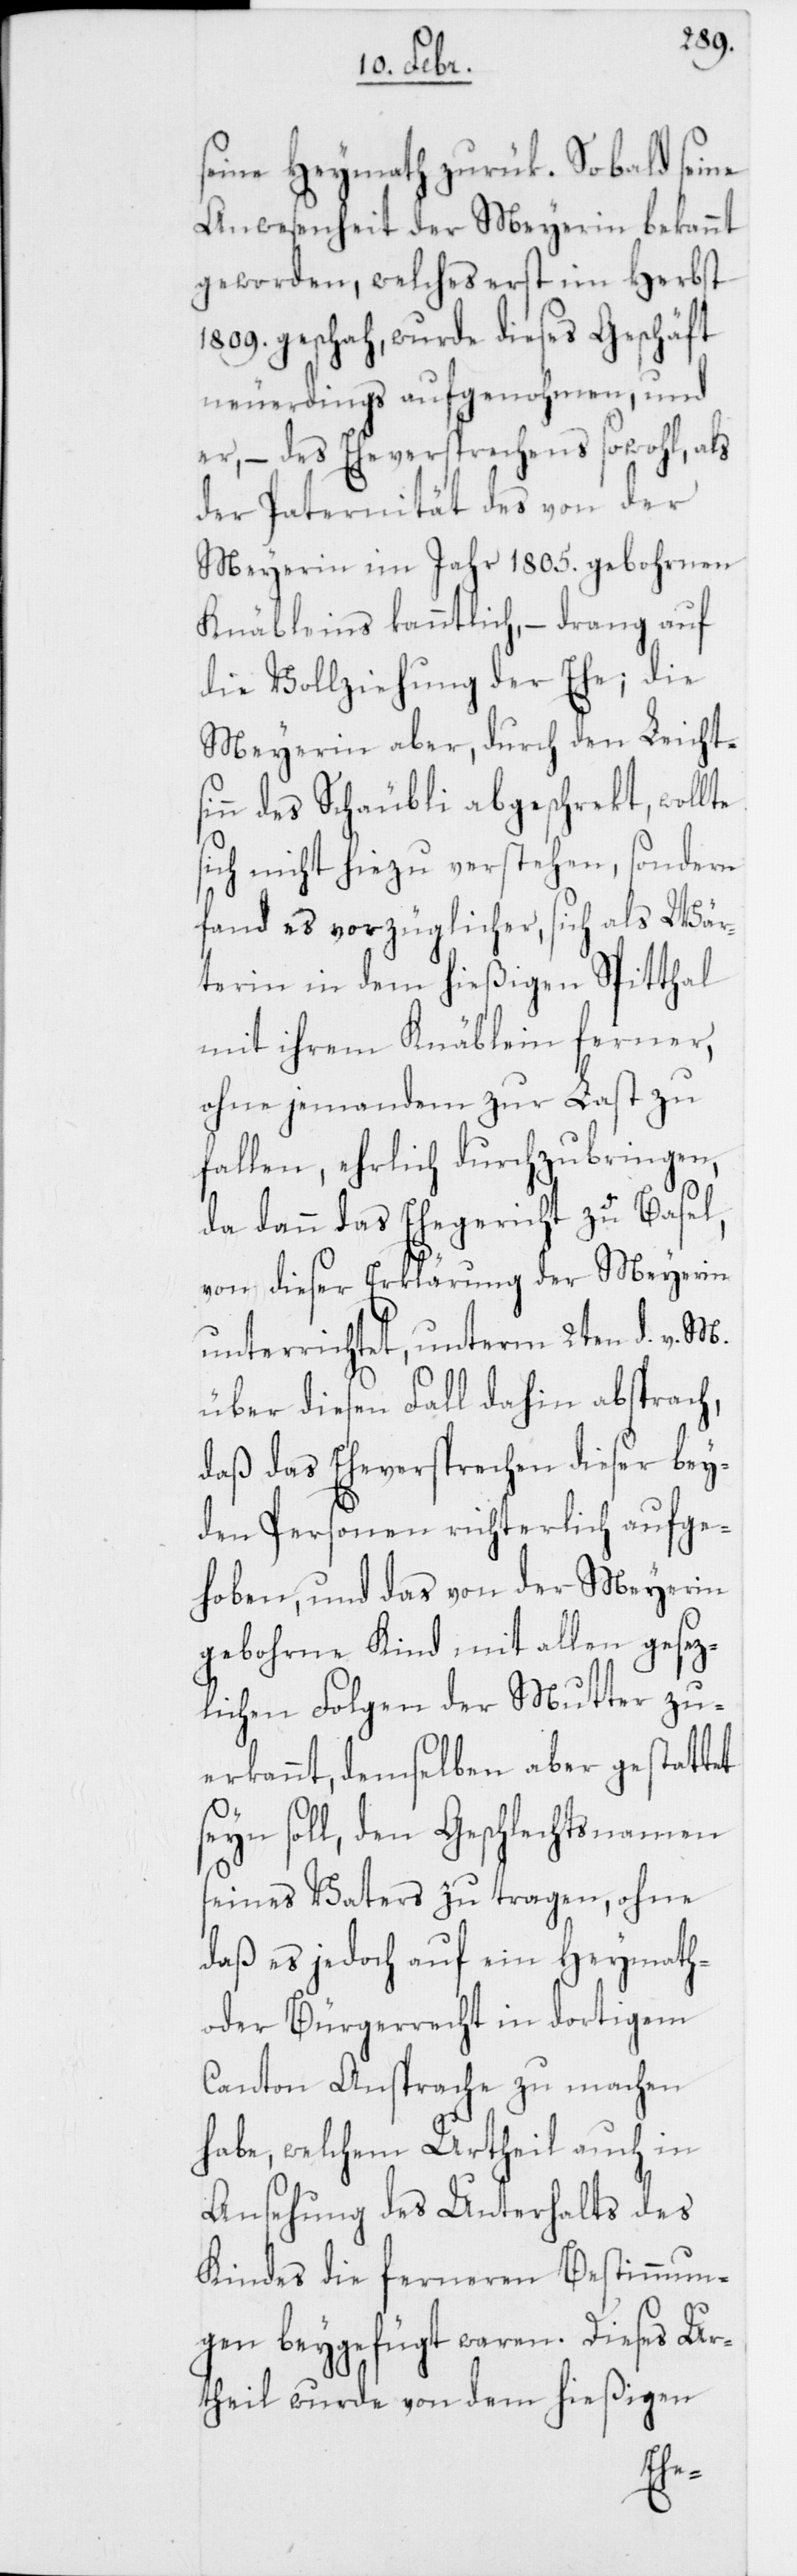
seine Heymath zurük. Sobald seine
Anwesenheit der Meyerin bekannt
geworden, welches erst im Herbst
1809. geschah, wurde dieses Geschäft
neuerdings aufgenohmen, und
er, – des Eheversprechens sowohl, als
der Paternität des von der
Meyerin im Jahr 1805. gebohrnen
Knäbleins kanntlich, – drang auf
die Vollziehung der Ehe; die
Meyerin aber, durch den Leichts¬
inn des Schäubli abgeschrekt, wollte
sich nicht hiezu verstehen, sondern
fand es vorzüglicher, sich als Wär¬
terin in dem hießigen Spitthal
mit ihrem Knäblein ferner
ohne jemanden zur Last zu
fallen, ehrlich durchzubringen.
Da dann das Ehegericht zu Basel,
von dieser Erklärung der Meyerin
unterrichtet, unterm 2ten d. v. M.
über diesen Fall dahin absprach,
daß das Eheversprechen dieser bey¬
den Personen richterlich aufge¬
hoben, und das von der Meyerin
gebohrne Kind mit allen gesez¬
lichen Folgen der Mutter zu¬
erkannt, demselben aber gestattet
seyn soll, den Geschlechtsnamen
seines Vaters zu tragen, ohne
daß es jedoch auf ein Heymath-
oder Bürgerrecht in dortigem
Canton Ansprache zu machen
habe, welchem Urtheil auch in
Ansehung des Unterhalts des
Kindes die ferneren Bestimmun¬
gen beygefügt waren. Dieses Ur¬
theil wurde von dem hießigen